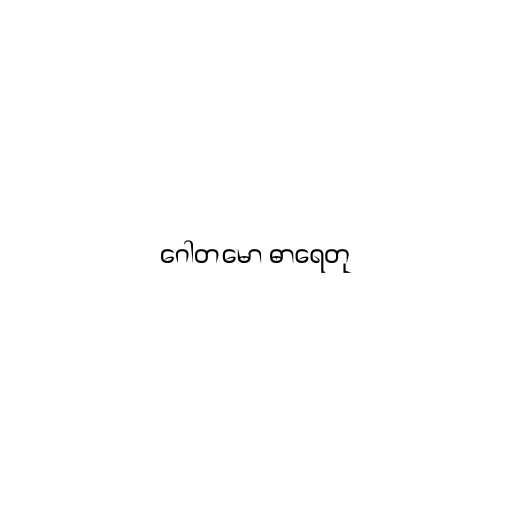
ဂေါတမော ဓာရေတု